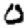
Digit: 0